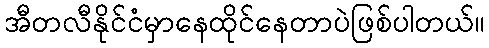
အီတလီနိုင်ငံမှာနေထိုင်နေတာပဲဖြစ်ပါတယ်။